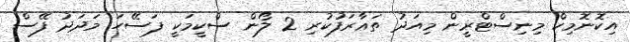
އިކޮނޮމިކް މިނިސްޓްރީން މިއަދު ތަޢާރަފުކުރި 2 ލޯން ސްކީމަކީ ފަސޭހަ މަދަދު ފޭސް